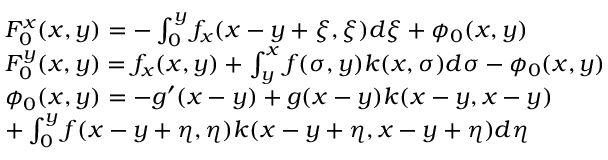
\begin{array} { r l } & { F _ { 0 } ^ { x } ( x , y ) = - \int _ { 0 } ^ { y } f _ { x } ( x - y + \xi , \xi ) d \xi + \phi _ { 0 } ( x , y ) } \\ & { F _ { 0 } ^ { y } ( x , y ) = f _ { x } ( x , y ) + \int _ { y } ^ { x } f ( \sigma , y ) k ( x , \sigma ) d \sigma - \phi _ { 0 } ( x , y ) } \\ & { \phi _ { 0 } ( x , y ) = - g ^ { \prime } ( x - y ) + g ( x - y ) k ( x - y , x - y ) } \\ & { + \int _ { 0 } ^ { y } f ( x - y + \eta , \eta ) k ( x - y + \eta , x - y + \eta ) d \eta } \end{array}